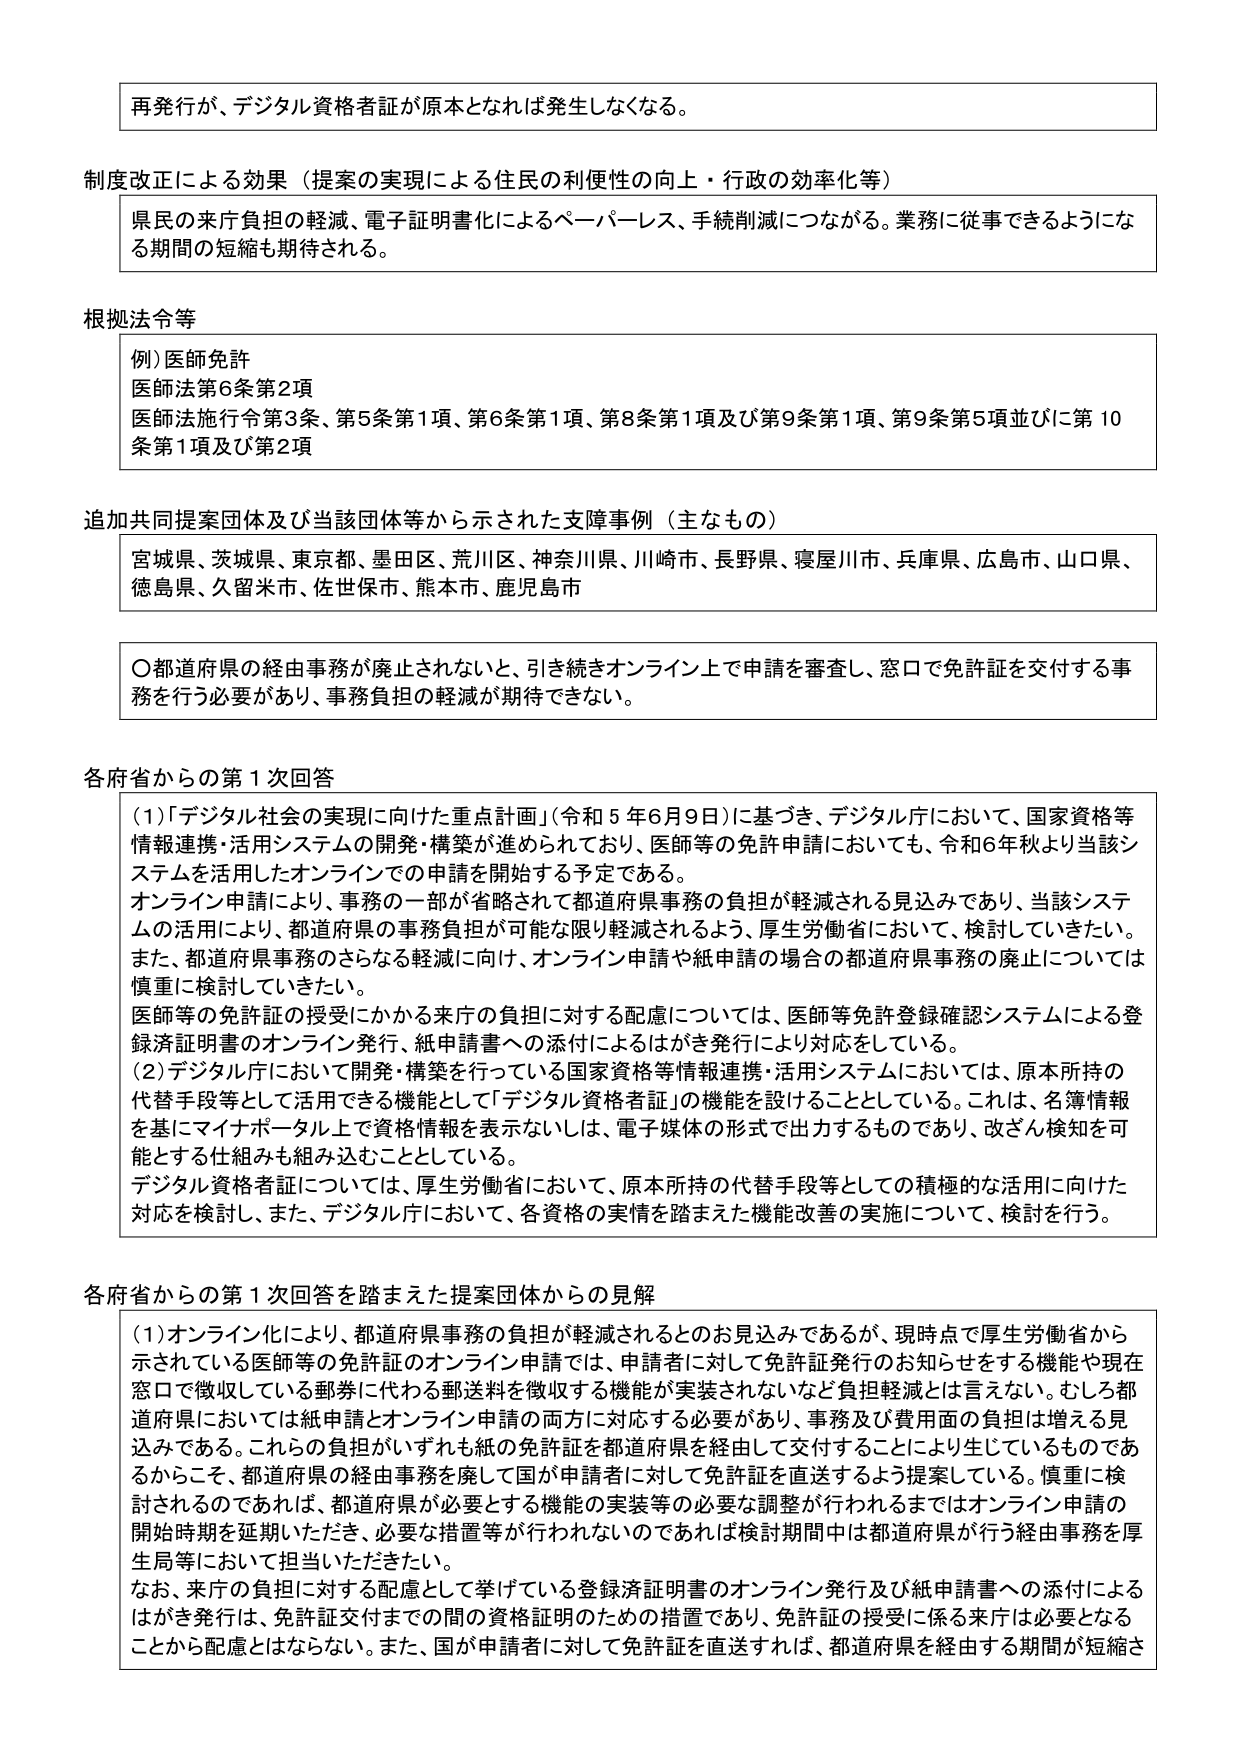
再発行が、デジタル資格者証が原本となれば発生しなくなる。

制度改正による効果（提案の実現による住民の利便性の向上・行政の効率化等）
県民の来庁負担の軽減、電子証明書化によるペーパーレス、手続削減につながる。業務に従事できるようになる期間の短縮も期待される。

根拠法令等
例）医師免許
医師法第6条第2項
医師法施行令第3条、第5条第1項、第6条第1項、第8条第1項及び第9条第1項、第9条第5項並びに第10条第1項及び第2項

追加共同提案団体及び当該団体等から示された支援事例（主なもの）
宮城県、茨城県、東京都、墨田区、荒川区、神奈川県、川崎市、長野県、寝屋川市、兵庫県、広島市、山口県、徳島県、久留米市、佐世保市、熊本市、鹿児島市

〇都道府県の経由事務が廃止されないと、引き続きオンライン上で申請を審査し、窓口で免許証を交付する事務を行う必要があり、事務負担の軽減が期待できない。

各府省からの第1次回答
（1）「デジタル社会の実現に向けた重点計画」（令和5年6月9日）に基づき、デジタル庁において、国家資格等情報連携・活用システムの開発・構築が進められており、医師等の免許申請においても、令和6年秋より当該システムを活用したオンラインでの申請を開始する予定である。
オンライン申請により、事務の一部が省略されて都道府県事務の負担が軽減される見込みであり、当該システムの活用により、都道府県の事務負担が可能な限り軽減されるよう、厚生労働省において、検討していきたい。
また、都道府県事務のさらなる軽減に向け、オンライン申請や紙申請の場合の都道府県事務の廃止については慎重に検討していきたい。
医師等の免許証の授受にかかる来庁の負担に対する配慮については、医師等免許登録確認システムによる登録済証明書のオンライン発行、紙申請書への添付によるはがき発行により対応をしている。
（2）デジタル庁において開発・構築を行っている国家資格等情報連携・活用システムにおいては、原本所持の代替手段等として活用できる機能として「デジタル資格者証」の機能を設けることとしている。これは、名簿情報を基にマイナポータル上で資格情報を表示ないしは、電子媒体の形式で出力するものであり、改ざん検知を可能とする仕組みも組み込むこととしている。
デジタル資格者証については、厚生労働省において、原本所持の代替手段等としての積極的な活用に向けた対応を検討し、また、デジタル庁において、各資格の実情を踏まえた機能改善の実施について、検討を行う。

各府省からの第1次回答を踏まえた提案団体からの見解
（1）オンライン化により、都道府県事務の負担が軽減されるとのお見込みであるが、現時点で厚生労働省から示されている医師等の免許証のオンライン申請では、申請者に対して免許証発行のお知らせをする機能や現在窓口で徴収している郵券に代わる郵送料を徴収する機能が実装されないなど負担軽減とは言えない。むしろ都道府県においては紙申請とオンライン申請の両方に対応する必要があり、事務及び費用面の負担は増える見込みである。これらの負担がいずれも紙の免許証を都道府県を経由して交付することにより生じているものであるからこそ、都道府県の経由事務を廃して国が申請者に対して免許証を直送するよう提案している。慎重に検討されるのであれば、都道府県が必要とする機能の実装等の必要な調整が行われるまではオンライン申請の開始時期を延期いただき、必要な措置等が行われないのであれば検討期間中は都道府県が行う経由事務を厚生局等において担当いただきたい。
なお、来庁の負担に対する配慮として挙げている登録済証明書のオンライン発行及び紙申請書への添付によるはがき発行は、免許証交付までの間の資格証明のための措置であり、免許証の授受に係る来庁は必要となることから配慮とはならない。また、国が申請者に対して免許証を直送すれば、都道府県を経由する期間が短縮さ